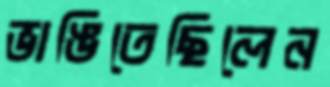
ভাঙিতেছিলেন